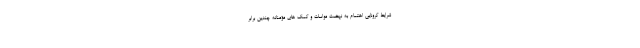
شرایط کرونایی اهتمام به نهضت مواسات و کمک های مؤمنانه چندین برابر